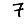
Digit: 7